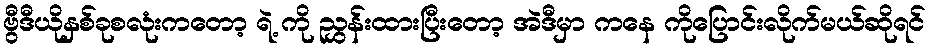
ဗွီဒီယိုနှစ်ခုစလုံးကတော့ ရဲ့ ကို ညွှန်းထားပြီးတော့ အဲဒီမှာ ကနေ ကိုပြောင်းလိုက်မယ်ဆိုရင်